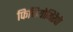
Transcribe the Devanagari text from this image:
फिजियोथिरैपी